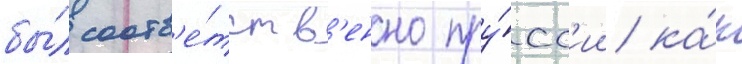
бы́л соотв'е́тств'енно пру́сс'ии ка́к